Leaving Certificate Examination (including Day School Certificate (Higher) General paper), 1935
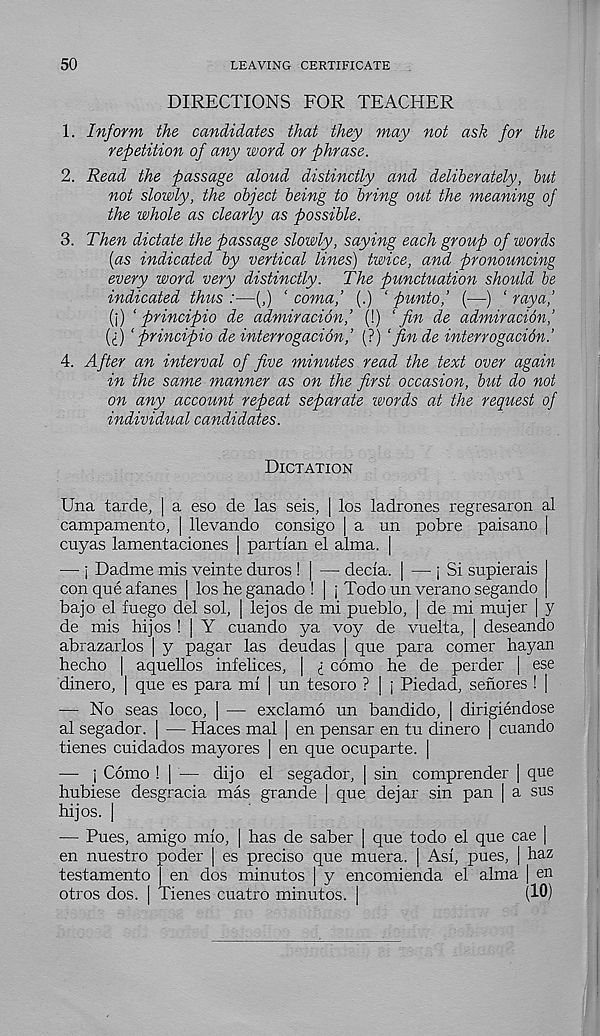
50
LEAVING CERTIFICATE
DIRECTIONS FOR TEACHER
1. Inform the candidates that they may not ask for the
repetition of any word or phrase.
2. Read the passage aloud distinctly and deliberately, but
not slowly, the object being to bring out the meaning of
the whole as clearly as possible.
3. Then dictate the passage slowly, saying each group of words
(as indicated by vertical lines) twice, and pronouncing
every word very distinctly. The punctuation should be
indicated thus :—(,) ‘ coma,’ (.) ‘ punto,’ (—) ‘ raya,’
(j) ‘ principio de admiracion,’ (!) ‘fin de admiracidn,’
(i) ‘ principio de interrogation,’ (?) ‘ fin de interrogacidn.’
4. After an interval of five minutes read the text over again
in the same manner as on the first occasion, but do not
on any account repeat separate ivords at the request of
individual candidates.
Dictation
Una tarde, | a eso de las seis, | los ladrones regresaron al
campamento, | llevando consigo | a un pobre paisano |
cuyas lamentaciones | partlan el alma. |
— i Dadme mis veinte duros ! | — decla. | — j Si supierais
con que afanes | los he ganado ! | j Todo un verano segando
bajo el fuego del sol, | lejos de mi pueblo, | de mi mujer | y
de mis hijos ! | Y cuando ya voy de vuelta, | deseando
abrazarlos | y pagar las deudas | que para comer hayan
hecho | aquellos infelices, | £ como he de perder | ese
dinero, | que es para mi ] un tesoro ? | j Piedad, senores ! |
— No seas loco, ) — exclamo un bandido, | dirigiendose
al segador. | — Haces mal | en pensar en tu dinero | cuando
tienes cuidados mayor es [ en que ocuparte. |
— j Como ! | — dijo el segador, | sin comprender | que
hubiese desgracia mas grande | que dejar sin pan | a sus
hijos. |
— Pues, amigo mio, | has de saber | que todo el que cae |
en nuestro poder | es preciso que muera. | Asi, pues, | haz
testamento en dos minutes | y encomienda el alma | en
otros dos. | Tienes cuatro minutos. |
(10)